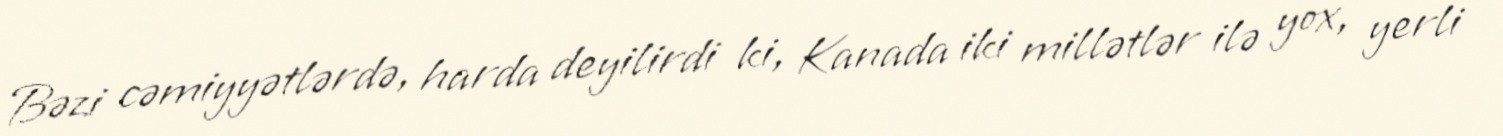
Bəzi cəmiyyətlərdə, harda deyilirdi ki, Kanada iki millətlər ilə yox, yerli